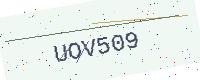
Text: UOV509